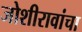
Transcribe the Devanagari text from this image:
जोशीरावांचा